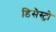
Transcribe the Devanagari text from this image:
डिसैस्ट्रो